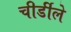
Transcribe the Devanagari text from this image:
चीर्डीले